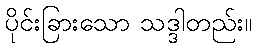
ပိုင်းခြားသော သဒ္ဒါတည်း။